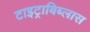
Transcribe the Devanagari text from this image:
टाइट्राबिब्लास